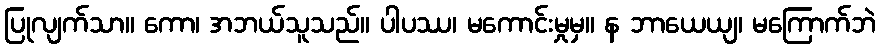
ပြုလျက်သာ။ ကော၊ အဘယ်သူသည်။ ပါပဿ၊ မကောင်းမှုမှ။ န ဘာယေယျ၊ မကြောက်ဘဲ